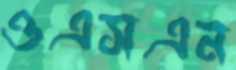
ওএসএন